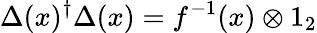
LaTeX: \Delta(x)^{\dagger}\Delta(x)=f^{-1}(x)\otimes 1_{2}